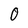
Character: O